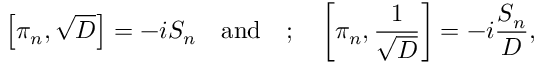
\left[ \pi _ { n } , \sqrt D \right] = - i S _ { n } \quad \mathrm { a n d } \quad ; \quad \left[ \pi _ { n } , { \frac { 1 } { \sqrt D } } \right] = - i { \frac { S _ { n } } { D } } ,